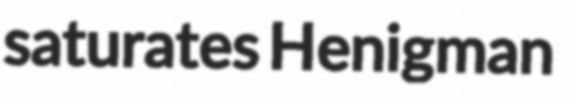
saturates Henigman